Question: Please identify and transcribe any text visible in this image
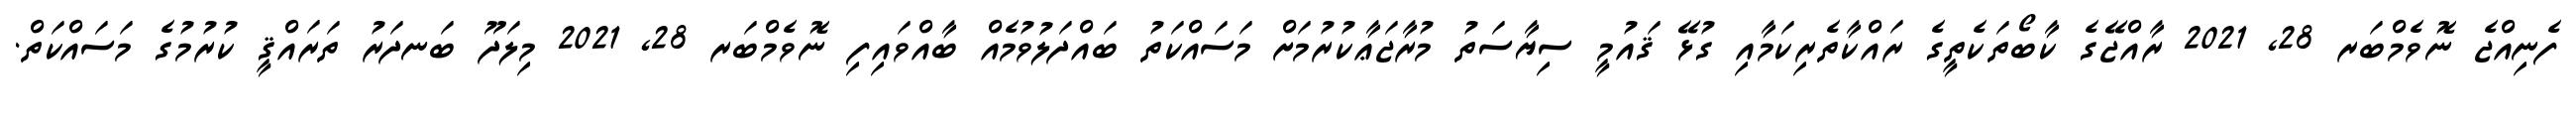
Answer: ފެނިއްޖެ ނޮވެމްބަރ 28, 2021 ރާއްޖޭގެ ކާބޯތަކެތީގެ ރައްކާތެރިކަމާއި ގުޅޭ ޤައުމީ ސިޔާސަތު މުރާޖަޢާކުރުމަށް މަސައްކަތު ބައްދަލުވުމެއް ބާއްވައިފި ނޮވެމްބަރ 28, 2021 މިލަދޫ ބަނދަރު ތަރައްޤީ ކުރުމުގެ މަސައްކަތް.